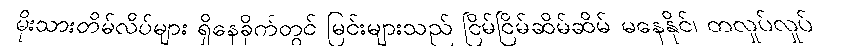
မိုးသားတိမ်လိပ်များ ရှိနေခိုက်တွင် မြင်းများသည် ငြိမ်ငြိမ်ဆိမ်ဆိမ် မနေနိုင်၊ တလှုပ်လှုပ်